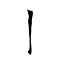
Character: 亅